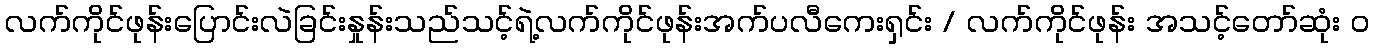
လက်ကိုင်ဖုန်းပြောင်းလဲခြင်းနှုန်းသည်သင့်ရဲ့လက်ကိုင်ဖုန်းအက်ပလီကေးရှင်း / လက်ကိုင်ဖုန်း အသင့်တော်ဆုံး ၀